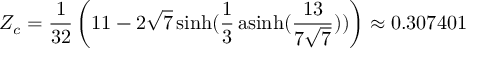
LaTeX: Z _ { c } = { \frac { 1 } { 3 2 } } \left( 1 1 - 2 { \sqrt { 7 } } \sinh ( { \frac { 1 } { 3 } } \operatorname { a s i n h } ( { \frac { 1 3 } { 7 { \sqrt { 7 } } } } ) ) \right) \approx 0 . 3 0 7 4 0 1